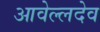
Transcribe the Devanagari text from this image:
आवेल्लदेव